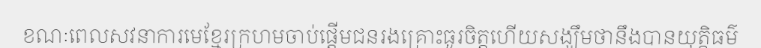
ខណៈពេលសវនាការមេខ្មែរក្រហមចាប់ផ្តើមជនរងគ្រោះធូរចិត្តហើយសង្ឃឹមថានឹងបានយុត្តិធម៌